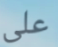
على